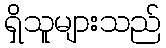
ရှိသူများသည်